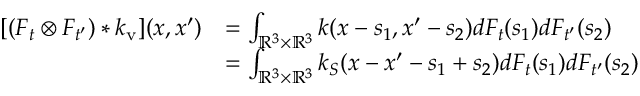
\begin{array} { r l } { [ ( F _ { t } \otimes F _ { t ^ { \prime } } ) * k _ { \mathrm { v } } ] ( x , x ^ { \prime } ) } & { = \int _ { \mathbb { R } ^ { 3 } \times \mathbb { R } ^ { 3 } } k ( x - s _ { 1 } , x ^ { \prime } - s _ { 2 } ) d F _ { t } ( s _ { 1 } ) d F _ { t ^ { \prime } } ( s _ { 2 } ) } \\ & { = \int _ { \mathbb { R } ^ { 3 } \times \mathbb { R } ^ { 3 } } k _ { S } ( x - x ^ { \prime } - s _ { 1 } + s _ { 2 } ) d F _ { t } ( s _ { 1 } ) d F _ { t ^ { \prime } } ( s _ { 2 } ) } \end{array}